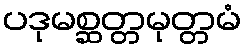
ပဒုမစ္ဆတ္တမုတ္တမံ